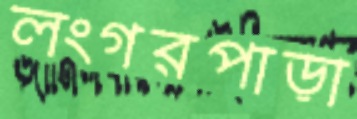
লংগরপাড়া